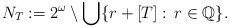
\begin{align*} N_T:=2^\omega\setminus \bigcup \{r+[T]:\, r\in\mathbb Q\}.\end{align*}